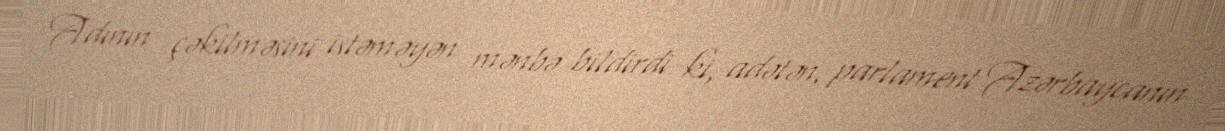
Adının çəkilməsini istəməyən mənbə bildirdi ki, adətən, parlament Azərbaycanın